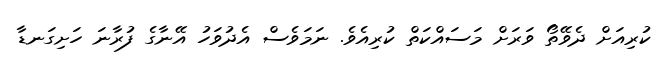
ކުރިއަށް ދެވޭތޯ ވަރަށް މަސައްކަތް ކުރިއެވެ. ނަމަވެސް އެދުވަހު އޭނާގެ ފުރާނަ ހަށިގަނޑާ